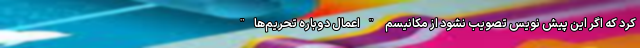
کرد که اگر این پیش نویس تصویب نشود از مکانیسم "اعمال دوباره تحریم‌ها"